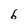
Character: 6